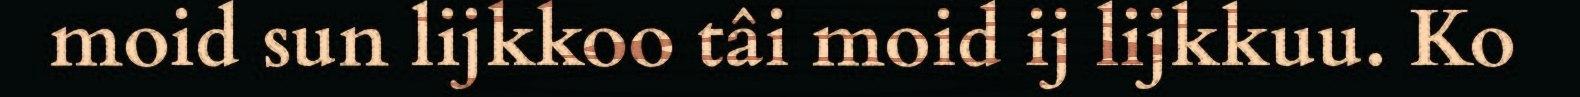
moid sun lijkkoo tâi moid ij lijkkuu. Ko